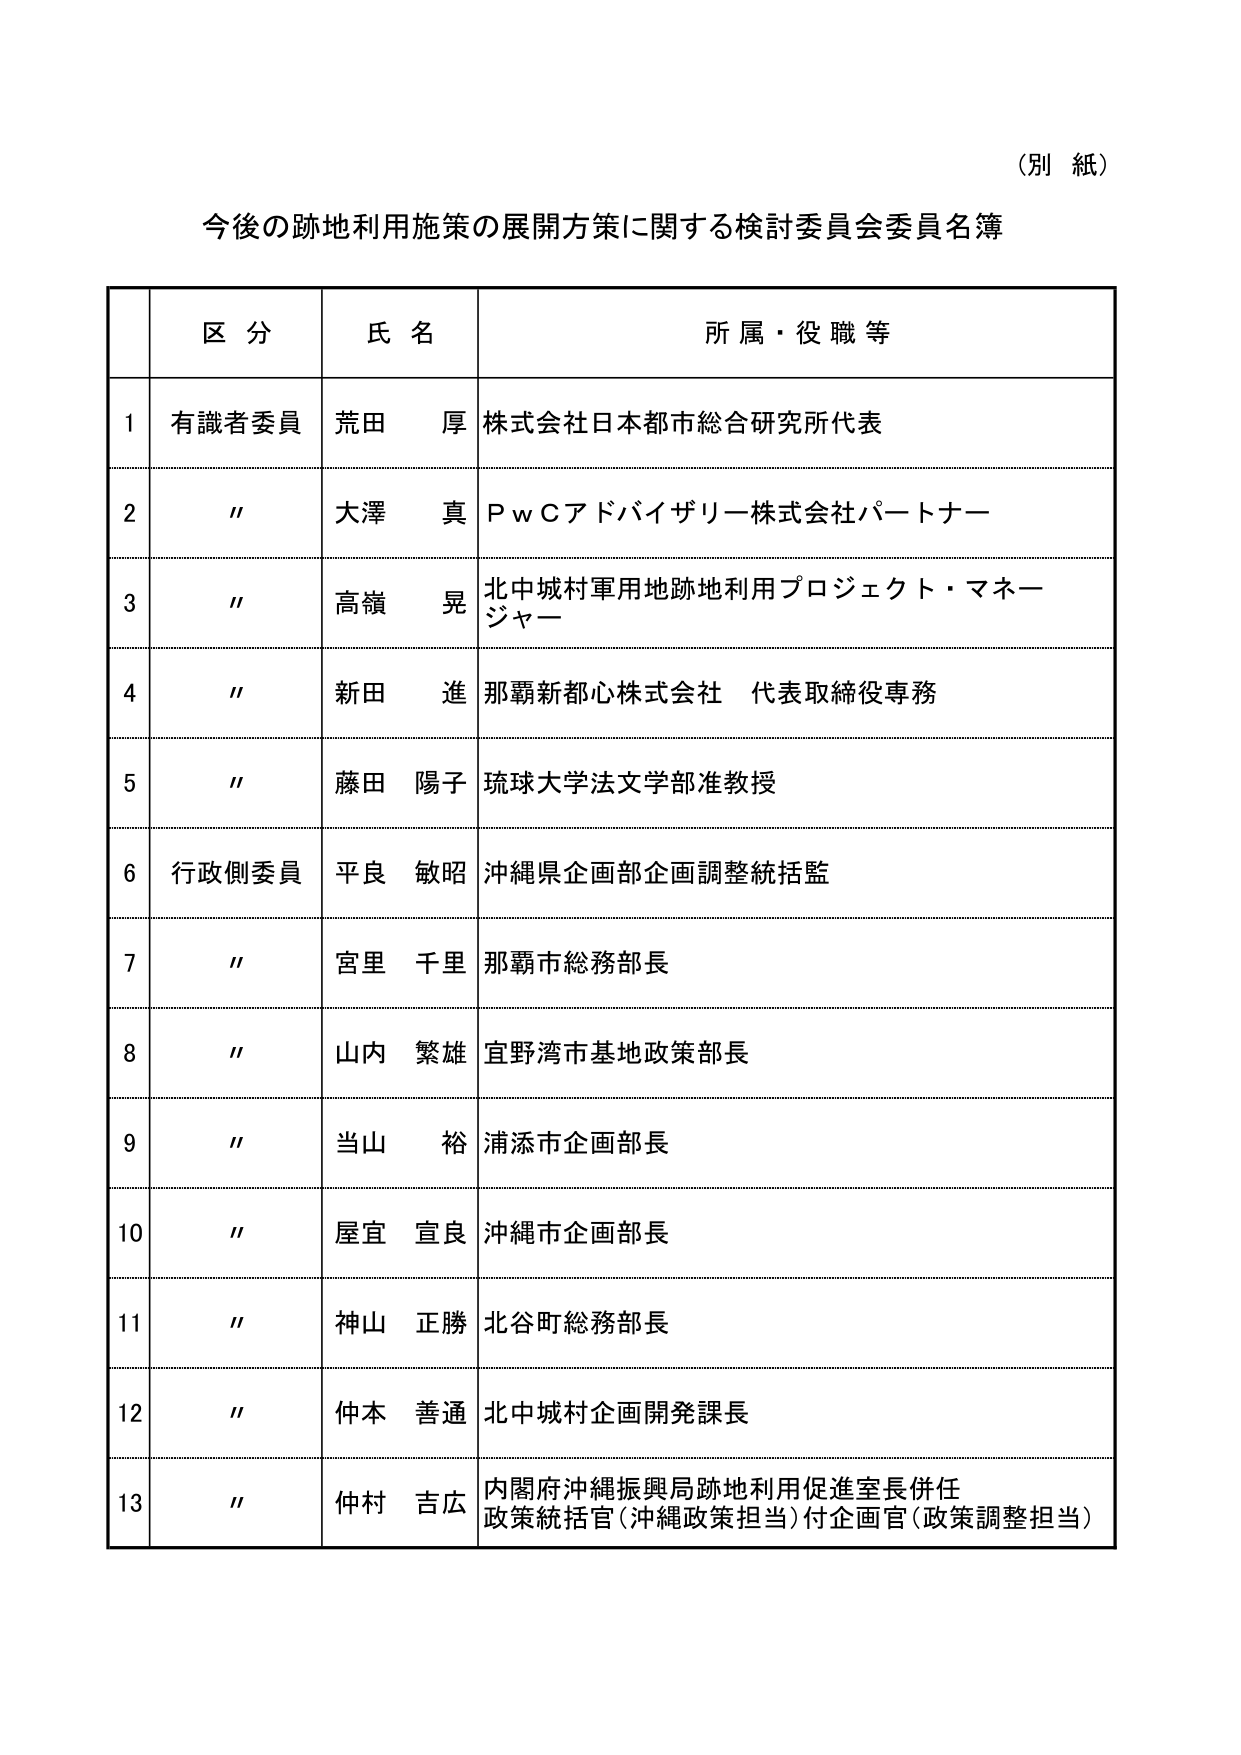
（別 紙）

今後の跡地利用施策の展開方策に関する検討委員会委員名簿

区 分　　氏 名　　所属・役職等

1　有識者委員　荒田 厚　株式会社日本都市総合研究所代表

2　〃　　　　大澤 真　ＰｗＣアドバイザリー株式会社パートナー

3　〃　　　　高嶺 晃　北中城村軍用地跡地利用プロジェクト・マネージャー

4　〃　　　　新田 進　那覇新都心株式会社 代表取締役専務

5　〃　　　　藤田 陽子　琉球大学法文学部准教授

6　行政側委員　平良 敏昭　沖縄県企画部企画調整統括監

7　〃　　　　宮里 千里　那覇市総務部長

8　〃　　　　山内 繁雄　宜野湾市基地政策部長

9　〃　　　　当山 裕　浦添市企画部長

10　〃　　　　屋宜 宣良　沖縄市企画部長

11　〃　　　　神山 正勝　北谷町総務部長

12　〃　　　　仲本 善通　北中城村企画開発課長

13　〃　　　　仲村 吉広　内閣府沖縄振興局跡地利用促進室長併任
　　　　　　　　　　　政策統括官（沖縄政策担当）付企画官（政策調整担当）